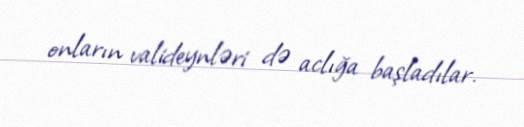
onların valideynləri də aclığa başladılar.